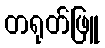
တရုတ်ဖြူ